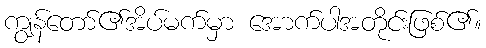
ကျွန်တော်၏အိပ်မက်မှာ အောက်ပါအတိုင်းဖြစ်၏။